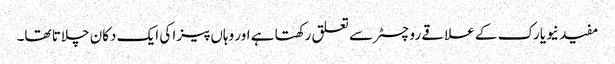
مفید نیویارک کے علاقے روچسٹر سے تعلق رکھتا ہے اور وہاں پیزا کی ایک دکان چلاتا تھا۔